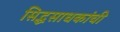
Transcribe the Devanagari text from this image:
सिद्धसाधकांची